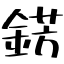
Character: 錺